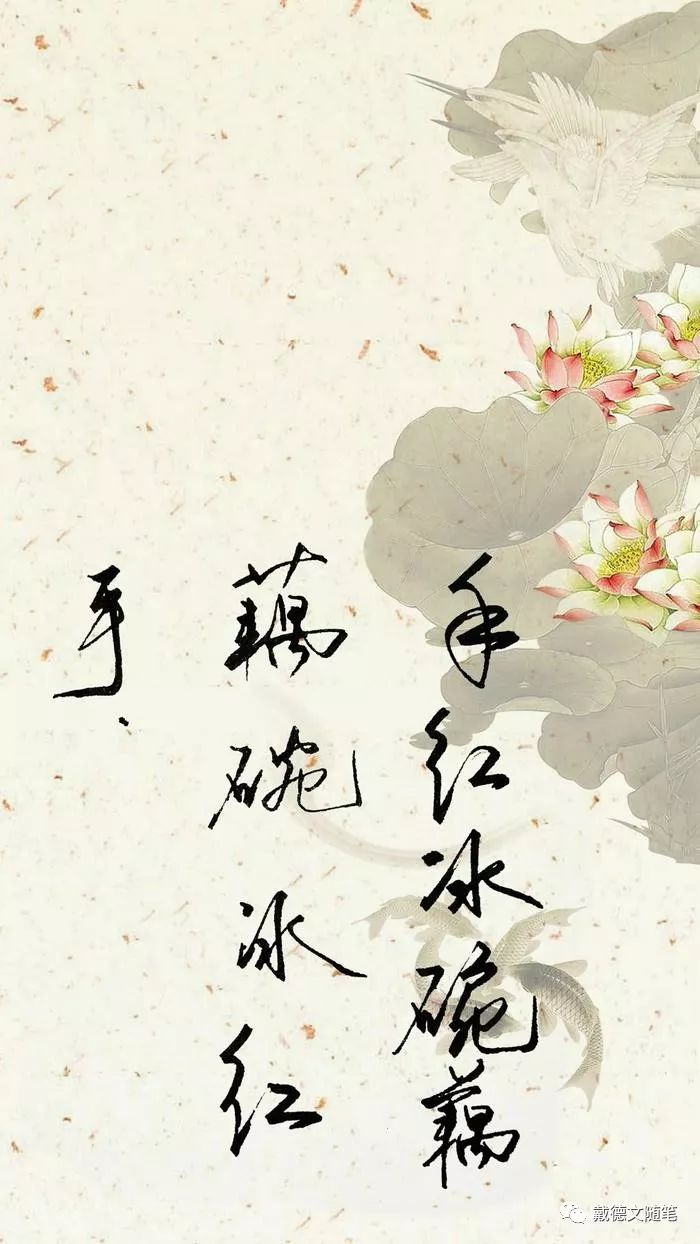
手红冰碗藕，藕碗冰红手。